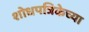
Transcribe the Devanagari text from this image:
शोधपत्रिकेच्या